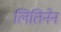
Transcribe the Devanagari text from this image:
लितिनेन